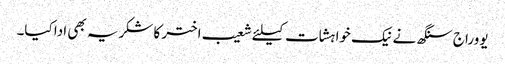
یووراج سنگھ نے نیک خواہشات کیلئے شعیب اختر کا شکریہ بھی ادا کیا۔